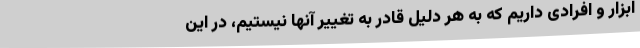
ابزار و افرادی داریم که به هر دلیل قادر به تغییر آنها نیستیم، در این